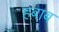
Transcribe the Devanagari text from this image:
हबाब